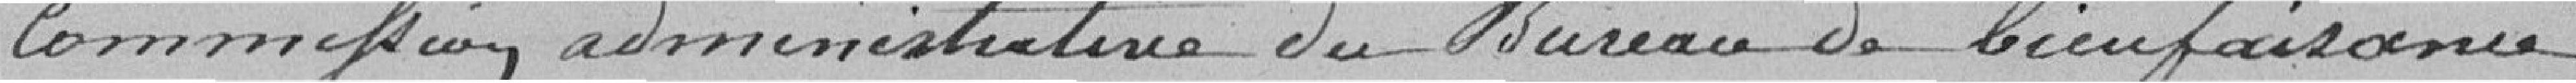
commission administrative du Bureau de Bienfaisance